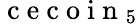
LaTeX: {\mathrm{~c~e~c~o~i~n~}}_{5}